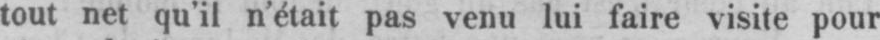
tout net qu’il n’était pas venu lui faire visite pour